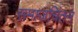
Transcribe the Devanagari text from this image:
समाजचिंतन